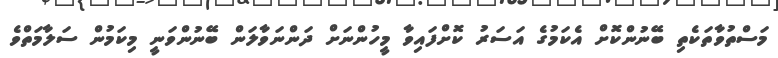
މަސްތުވާތަކެތި ބޭނުންކޮށް އެކަމުގެ އަސަރު ކޮށްފައިވާ މީހުންނަށް ދަންނަވާލަން ބޭނުންވަނީ މިކަމުން ސަލާމަތްވެ